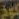
كوخ